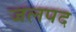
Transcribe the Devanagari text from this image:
जलपद